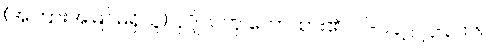
(အကြားအမြင်မရှိသူ) ပုဂ္ဂိုလ်ဟု ဟောထား၏။ ပါ-၁၄၂၊ ဋ္ဌ-၃၀၆။